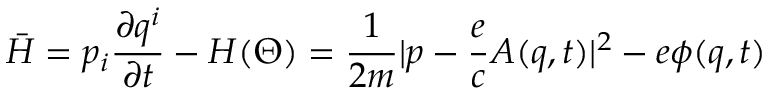
\bar { H } = p _ { i } \frac { \partial q ^ { i } } { \partial t } - H ( \Theta ) = \frac { 1 } { 2 m } | p - \frac { e } { c } A ( q , t ) | ^ { 2 } - e \phi ( q , t )